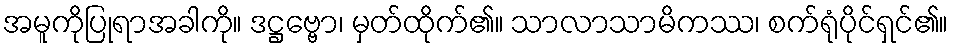
အမူကိုပြုရာအခါကို။ ဒဋ္ဌဗ္ဗော၊ မှတ်ထိုက်၏။ သာလာသာမိကဿ၊ စက်ရုံပိုင်ရှင်၏။